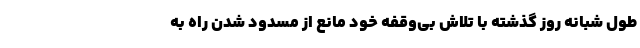
طول شبانه روز گذشته با تلاش بی‌وقفه‌ خود مانع از مسدود شدن راه به